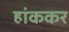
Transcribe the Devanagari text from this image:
हांककर